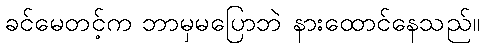
ခင်မေတင့်က ဘာမှမပြောဘဲ နားထောင်နေသည်။